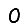
Digit: 0